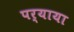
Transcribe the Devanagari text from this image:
पर्याया